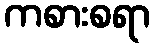
ကစားစရာ